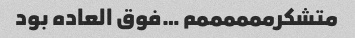
متشکرممممممم …فوق العاده بود